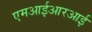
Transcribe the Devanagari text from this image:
एमआईआरआई